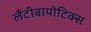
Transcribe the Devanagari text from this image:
लैंटीबायोटिक्स